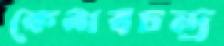
কেশবচন্দ্র